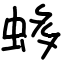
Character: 蛥